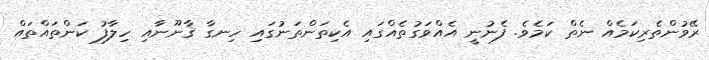
ރޭވުންތެރިކަމެއް ނެތް ކަމެވެ. ފެނުނީ އެއްވަގުތެއްގައި އެކިތަންތަނުގައި ހިނގާ ޤާނޫނާއި ހިލާފު ކަންތައްތައް